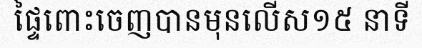
ផ្ទៃពោះចេញបានមុនលើស១៥ នាទី